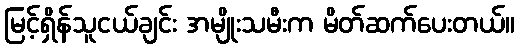
မြင့်ရှိန်သူငယ်ချင်း အမျိုးသမီးက မိတ်ဆက်ပေးတယ်။